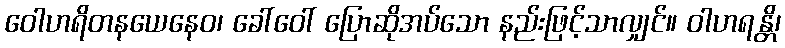
ဝေါဟရိတနယေနေဝ၊ ခေါ်ဝေါ် ပြောဆိုအပ်သော နည်းဖြင့်သာလျှင်။ ဝါဟရန္တိ၊